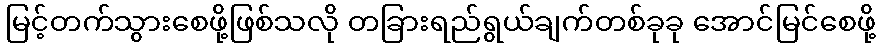
မြင့်တက်သွားစေဖို့ဖြစ်သလို တခြားရည်ရွယ်ချက်တစ်ခုခု အောင်မြင်စေဖို့